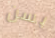
بسن